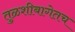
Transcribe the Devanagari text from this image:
तुळशीबागेतच